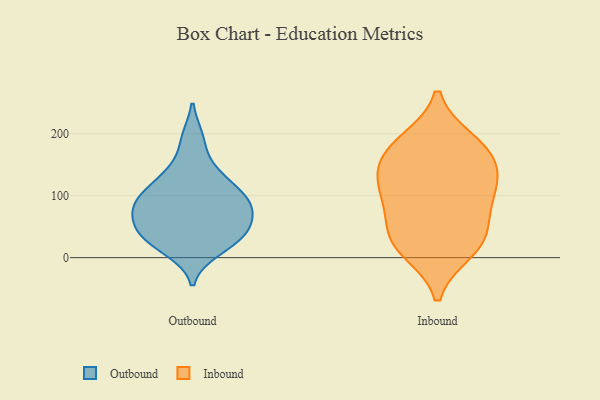
{"axis": {"x": "LTV (USD)", "y": "Value"}, "legend": ["Inbound", "Outbound"], "data": [{"x": "", "y": 192, "type": "Outbound"}, {"x": "", "y": 25, "type": "Outbound"}, {"x": "", "y": 84, "type": "Outbound"}, {"x": "", "y": 98, "type": "Outbound"}, {"x": "", "y": 95, "type": "Outbound"}, {"x": "", "y": 126, "type": "Outbound"}, {"x": "", "y": 12, "type": "Outbound"}, {"x": "", "y": 67, "type": "Outbound"}, {"x": "", "y": 36, "type": "Outbound"}, {"x": "", "y": 48, "type": "Outbound"}, {"x": "", "y": 48, "type": "Outbound"}, {"x": "", "y": 139, "type": "Outbound"}, {"x": "", "y": 86, "type": "Outbound"}, {"x": "", "y": 114, "type": "Inbound"}, {"x": "", "y": 152, "type": "Inbound"}, {"x": "", "y": 164, "type": "Inbound"}, {"x": "", "y": 35, "type": "Inbound"}, {"x": "", "y": 12, "type": "Inbound"}, {"x": "", "y": 94, "type": "Inbound"}, {"x": "", "y": 187, "type": "Inbound"}, {"x": "", "y": 128, "type": "Inbound"}, {"x": "", "y": 42, "type": "Inbound"}, {"x": "", "y": 21, "type": "Inbound"}, {"x": "", "y": 181, "type": "Inbound"}, {"x": "", "y": 94, "type": "Inbound"}]}